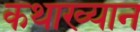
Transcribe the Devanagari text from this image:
कथाख्यान